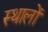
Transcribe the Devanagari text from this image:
स्थालों